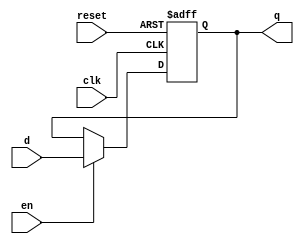
`timescale 1ns/1ps
// latch with enable
module flopenr #(parameter WIDTH = 8)
                (input                  clk, reset,
                 input                  en,
                 input      [WIDTH-1:0] d,
                 output reg [WIDTH-1:0] q);

  always @(posedge clk, posedge reset)
    if      (reset) q <= #1 0;
    else if (en)    q <= #1 d;
endmodule